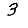
Digit: 3